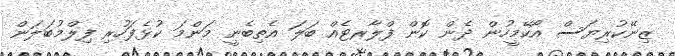
ޒިނޭކުރިޔަސް އޯކޭމީހުން ދެން ކޮން ފްލާރޓެއް ބަލަ އެތިބެނީ މަންމަ ކުޅެފަހުރި ފިލްމުބަލަން